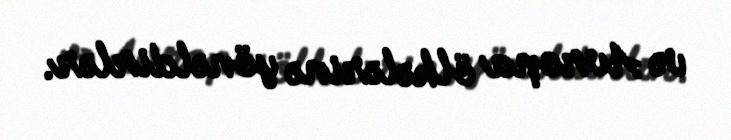
və Avropa ölkələrinə yönəldirlər.